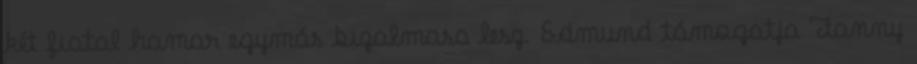
két fiatal hamar egymás bizalmasa lesz. Edmund támogatja Fanny